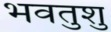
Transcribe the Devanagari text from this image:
भवतुशु